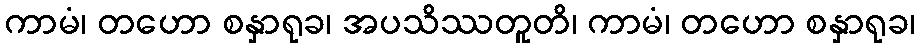
ကာမံ၊ တဟော စနှာရုခ၊ အပသိဿတူတိ၊ ကာမံ၊ တဟော စနှာရုခ၊